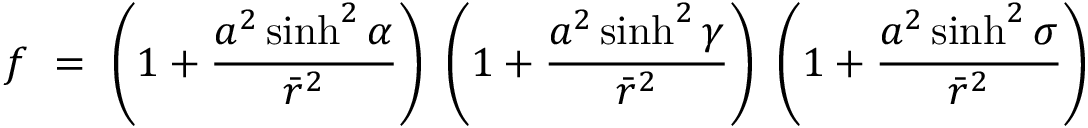
f ~ = ~ \left( 1 + \frac { a ^ { 2 } \sinh ^ { 2 } \alpha } { \bar { r } ^ { 2 } } \right) ~ \left( 1 + \frac { a ^ { 2 } \sinh ^ { 2 } \gamma } { \bar { r } ^ { 2 } } \right) ~ \left( 1 + \frac { a ^ { 2 } \sinh ^ { 2 } \sigma } { \bar { r } ^ { 2 } } \right)